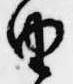
由